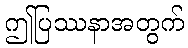
ဤပြဿနာအတွက်